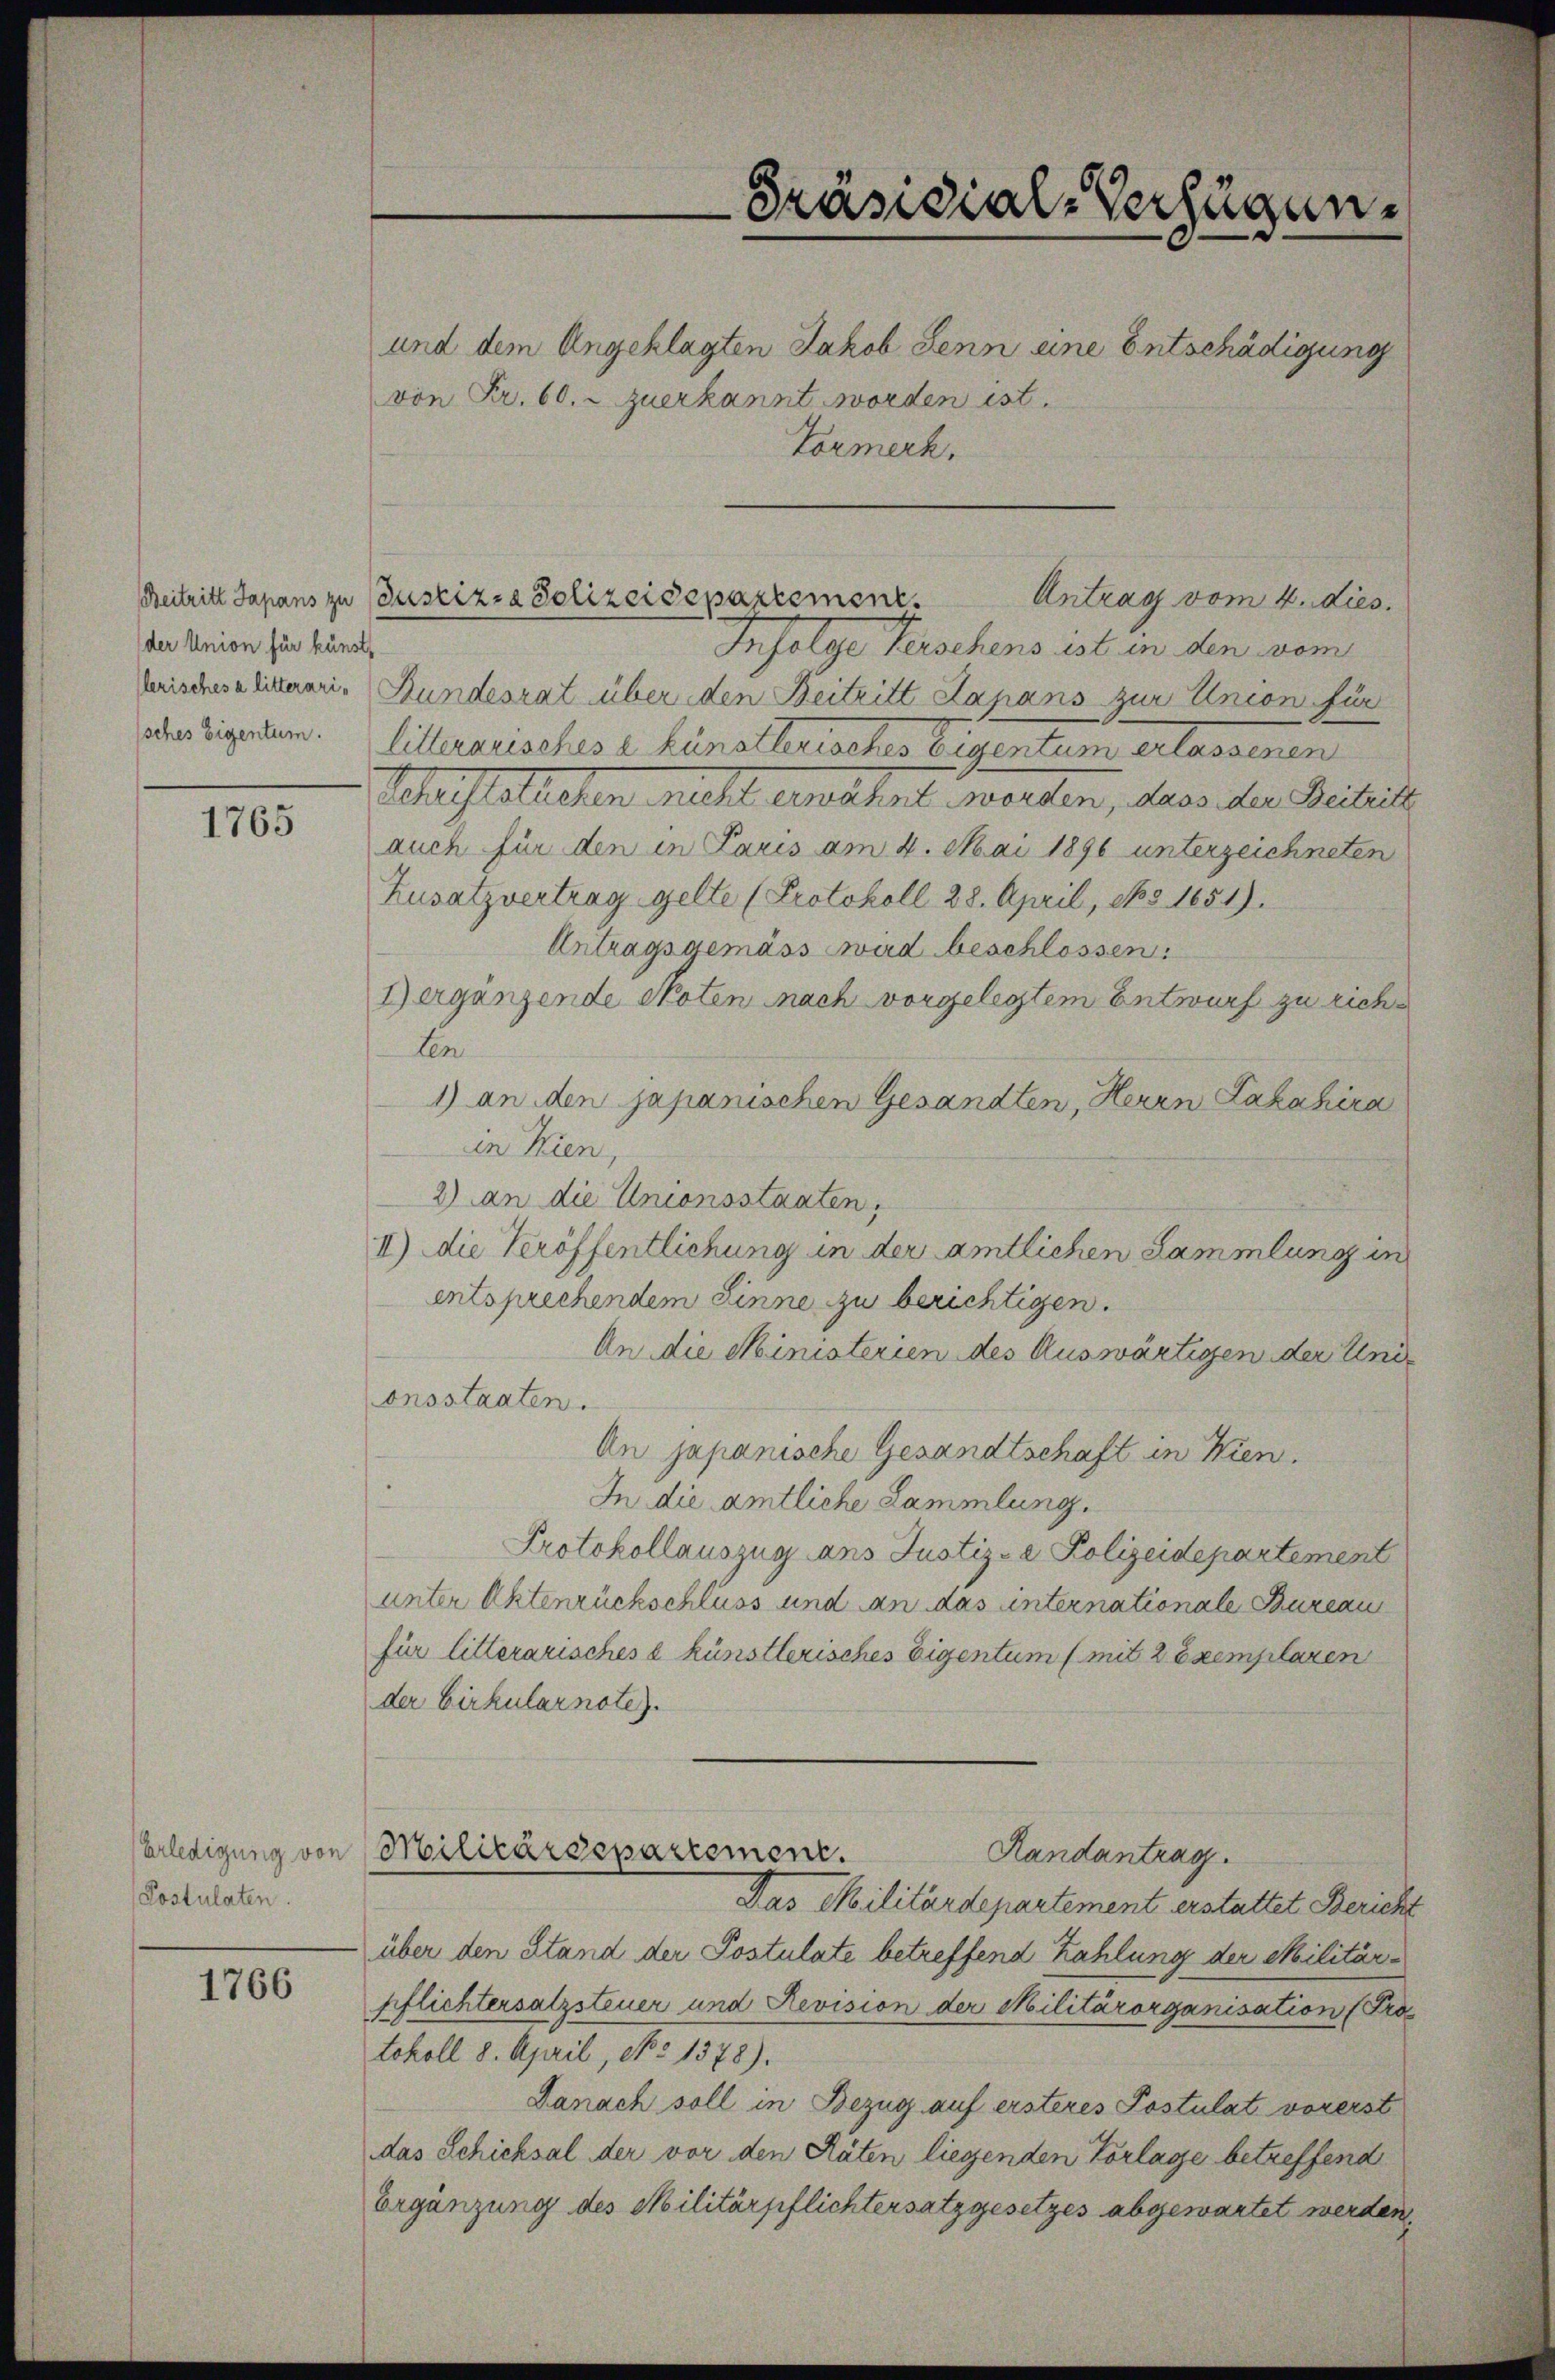
der Union für künst

1765

Postulaten.

1766

und dem Angeklagten Jakob Senn eine Entschädigung
von Fr. 60. zuerkannt worden ist.
Tormerk.

Infolge Verschens ist in den vom
Verischesalitannis Bundesrat über den Beitritt Japans zur Union für
obertigerten. Litterarisches a Künstlerisches Eigentum erlassenen
Schaftstrechen nicht einmahnt worden, das der Breitis
auch für den in Paris am 4. Mai 1896 unterzeichneten
Zusatzvertrag gelte (Protokoll 28. April, No 5. 1651).
Antragsgemäss wird beschlossen:
I ergänzende Noten nach vorgelegtem Entwurf zu rich¬
Len
1) an den japanischen Gesandten, Herrn Lazahira
in Wien,
2) an die Unionsstaaten,
II) die Veröffentlichung in der amtlichen Sammlung in
entsprechendem Sinne zu berichtigen.
An die Ministerien des Auswärtigen der Unionsstaaten.
An japanische Gesandtschaft in Wien.
In die amtliche Sammlung.
Protokollauszug ans Justiz- & Polizeidepartement
unter Aktenrückschluss und an das internationale Bureau
für litterarisches e künstlerisches Eigentum (mit 2 Exemplaren
der Cirkular note).
Erledigung von Militärdepartement.
Randantrag.
Das Militärdepartement erstattet Bericht
über den Stand der Postulate betreffend Zahlung der Militär-
pflichtersatzsteuer und Revision der Militärorganisation (Protokoll 8. April, No 1378).
Danach soll in Bezug auf ersteres Postulat vorerst
das Schicksal der vor den Räten liegenden Vorlage betreffend
Ergänzung des Militärpflichtersatzgesetzes abgewartet werden,

Beitritt Japans zu Justiz- & Polizeidepartement.
Antrag vom 4. dies.

Präsidial-Verfügen.